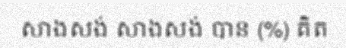
សាងសង់ សាងសង់ បាន (%) គិត